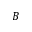
{ \boldsymbol B }